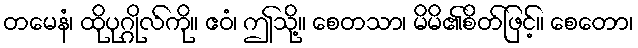
တမေနံ၊ ထိုပုဂ္ဂိုလ်ကို။ ဧဝံ၊ ဤသို့။ စေတသာ၊ မိမိ၏စိတ်ဖြင့်။ စေတော၊